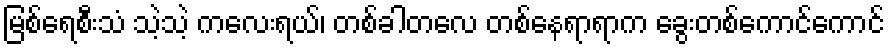
မြစ်ရေစီးသံ သဲ့သဲ့ ကလေးရယ်၊ တစ်ခါတလေ တစ်နေရာရာက ခွေးတစ်ကောင်ကောင်